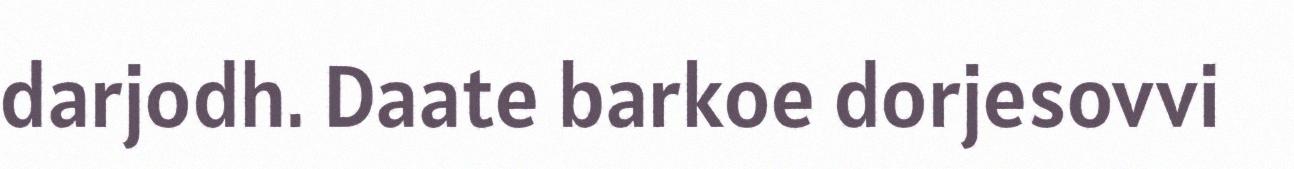
darjodh. Daate barkoe dorjesovvi